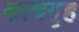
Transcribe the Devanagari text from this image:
काचगृह